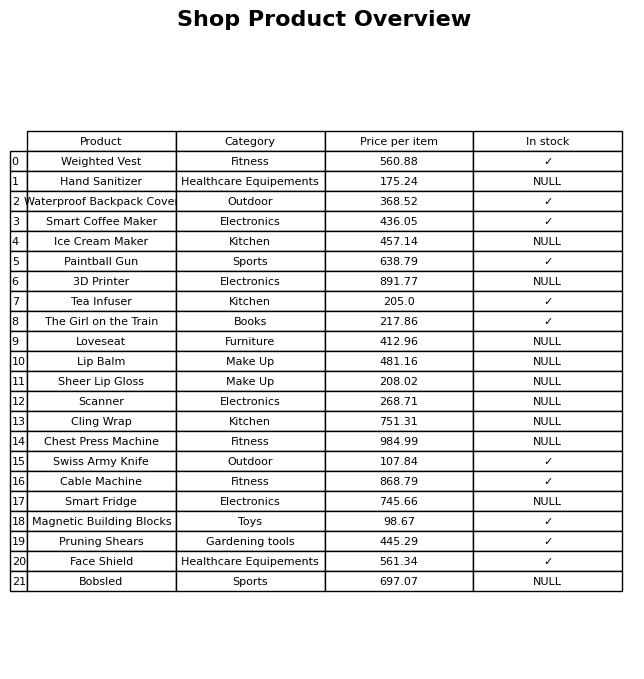
question: What is the price for Cable Machine?
answer: The price of Cable Machine is 868.79.